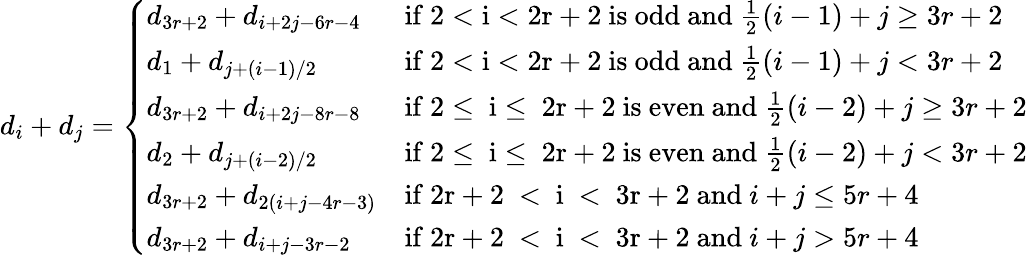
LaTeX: d_{i}+d_{j}=\left\{ \begin{array}{ll}{d_{3r+2}+d_{i+2j-6r-4}}&{\mathrm{if~2<i<2r+2~is~odd~and~}\frac{1}{2}(i-1)+j\geq 3r+2}\\ {d_{1}+d_{j+(i-1)/2}}&{\mathrm{if~2<i<2r+2~is~odd~and~}\frac{1}{2}(i-1)+j<3r+2}\\ {d_{3r+2}+d_{i+2j-8r-8}}&{\mathrm{if~2\leq~i\leq~2r+2~is~even~and~}\frac{1}{2}(i-2)+j\geq 3r+2}\\ {d_{2}+d_{j+(i-2)/2}}&{\mathrm{if~2\leq~i\leq~2r+2~is~even~and~}\frac{1}{2}(i-2)+j<3r+2}\\ {d_{3r+2}+d_{2(i+j-4r-3)}}&{\mathrm{if~2r+2~<~i~<~3r+2~and~}i+j\leq 5r+4}\\ {d_{3r+2}+d_{i+j-3r-2}}&{\mathrm{if~2r+2~<~i~<~3r+2~and~}i+j>5r+4}\end{array}\right.